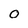
Character: O